Calcutta medical institutions reports 1871-78
Year: 1871
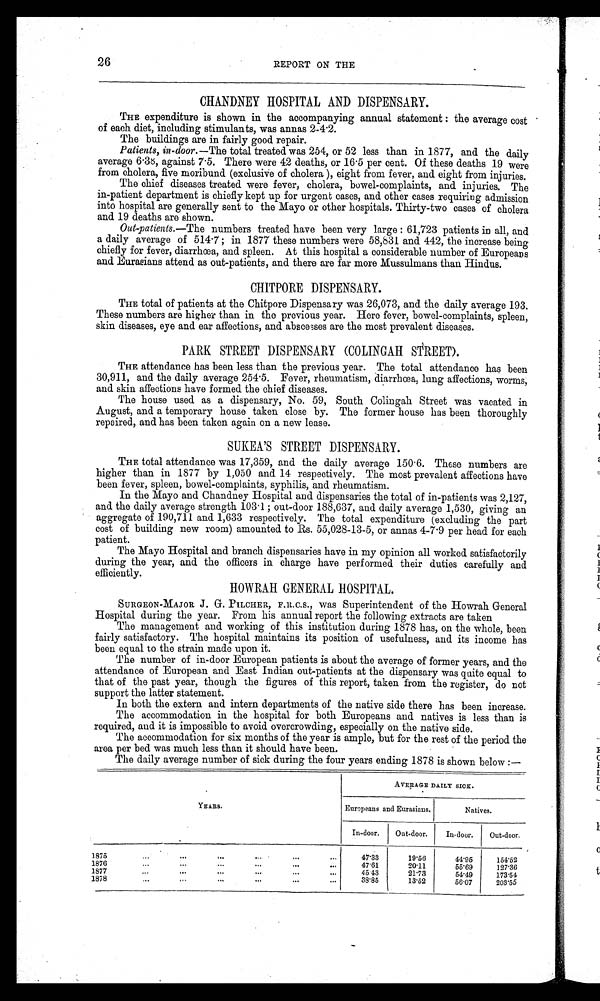
26 REPORT ON THE
CHANDNEY HOSPITAL AND DISPENSARY.
THE expenditure is shown in the accompanying annual statement: the average cost
of each diet, including stimulants, was annas 2-4.2.
The buildings are in fairly good repair.
Patients, in-door.—The total treated was 254, or 52 less than in 1877, and the daily
average 6.38, against 7.5. There were 42 deaths, or 16.5 per cent. Of these deaths 19 were
from cholera, five moribund (exclusive of cholera ), eight from fever, and eight from injuries.
The chief diseases treated were fever, cholera, bowel-complaints, and injuries. The
in-patient department is chiefly kept up for urgent cases, and other cases requiring admission
into hospital are generally sent to the Mayo or other hospitals. Thirty-two cases of cholera
and 19 deaths are shown.
Out-patients .—The numbers treated have been very large: 61,723 patients in all, and
a daily average of 514.7; in 1877 these numbers were 58,831 and 442, the increase being
chiefly for fever, diarrhœa, and spleen. At this hospital a considerable number of Europeans
and Eurasians attend as out-patients, and there are far more Mussulmans than Hindus.
CHITPORE DISPENSARY.
THE total of patients at the Chitpore Dispensary was 26,073, and the daily average 193.
These numbers are higher than in the previous year. Here fever, bowel-complaints, spleen,
skin diseases, eye and ear affections, and abscesses are the most prevalent diseases.
PARK STREET DISPENSARY (COLINGAH STREET).
THE attendance has been less than the previous year. The total attendance has been
30,911, and the daily average 254.5. Fever, rheumatism, diarrhœa, lung affections, worms,
and skin affections have formed the chief diseases.
The house used as a dispensary, No. 59, South Colingah Street was vacated in
August, and a temporary house taken close by. The former house has been thoroughly
repaired, and has been taken again on a new lease.
SUKEA'S STREET DISPENSARY.
THE total attendance was 17,359, and the daily average 150.6. These numbers are
higher than in 1877 by 1,050 and 14 respectively. The most prevalent affections have
been fever, spleen, bowel-complaints, syphilis, and rheumatism.
In the Mayo and Chandney Hospital and dispensaries the total of in-patients was 2,127,
and the daily average strength 103.1; out-door 188,637, and daily average 1,530, giving an
aggregate of 190,711 and 1,633 respectively. The total expenditure (excluding the part
cost of building new room) amounted to Rs. 55,028-13-5, or annas 4-7.9 per head for each
patient.
The Mayo Hospital and branch dispensaries have in my opinion all worked satisfactorily
during the year, and the officers in charge have performed their duties carefully and
efficiently.
HOWRAH GENERAL HOSPITAL.
SURGEON-MAJOR J. G. FILCHER, F.R.C.S., was Superintendent of the Howrah General
Hospital during the year. From his annual report the following extracts are taken
The management and working of this institution during 1878 has, on the whole, been
fairly satisfactory. The hospital maintains its position of usefulness, and its income has
been equal to the strain made upon it.
The number of in-door European patients is about the average of former years, and the
attendance of European and East Indian out-patients at the dispensary was quite equal to
that of the past year, though the figures of this report, taken from the register, do not
support the latter statement.
In both the extern and intern departments of the native side there has been increase.
The accommodation in the hospital for both Europeans and natives is less than is
required, and it is impossible to avoid overcrowding, especially on the native side.
The accommodation for six months of the year is ample, but for the rest of the period the
area per bed was much less than it should have been.
The daily average number of sick during the four years ending 1878 is shown below:—
YEARS.
AVERAGE DAILY SICK.
Europeans and Eurasians.
Natives.
In-door.
Out-door.
In-door.
Out-door.
1875
47.33
1 9 . 5 6
44.95
154.52
1876
47.61
20.11
55.69
127.36
1877
45.43
21.73
54.49
173.54
1878
38.85
13.52
56.07
203.55